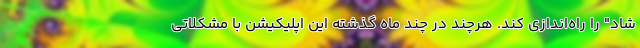
شاد" را راه‌اندازی کند. هرچند در چند ماه گذشته این اپلیکیشن با مشکلاتی